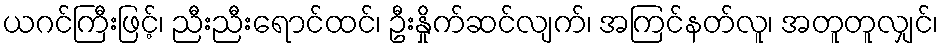
ယဂင်ကြီးဖြင့်၊ ညီးညီးရောင်ထင်၊ ဦးနှိုက်ဆင်လျက်၊ အကြင်နတ်လူ၊ အတူတူလျှင်၊